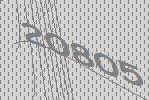
20805